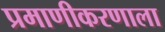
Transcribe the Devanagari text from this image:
प्रमाणीकरणाला